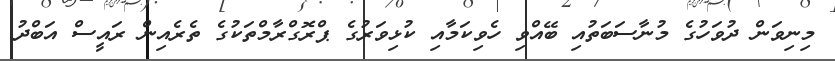
މިނިވަން ދުވަހުގެ މުނާސަބަތުއި ބޭއްވި ހެވިކަމާއި ކުޅިވަރުގެ ޕްރޮގްރާމްތަކުގެ ތެރެއިން ރައީސް އަބްދު